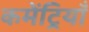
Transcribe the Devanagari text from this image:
कमेंट्रियाँ